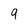
Character: 9